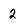
Character: 2